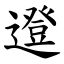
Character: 邆